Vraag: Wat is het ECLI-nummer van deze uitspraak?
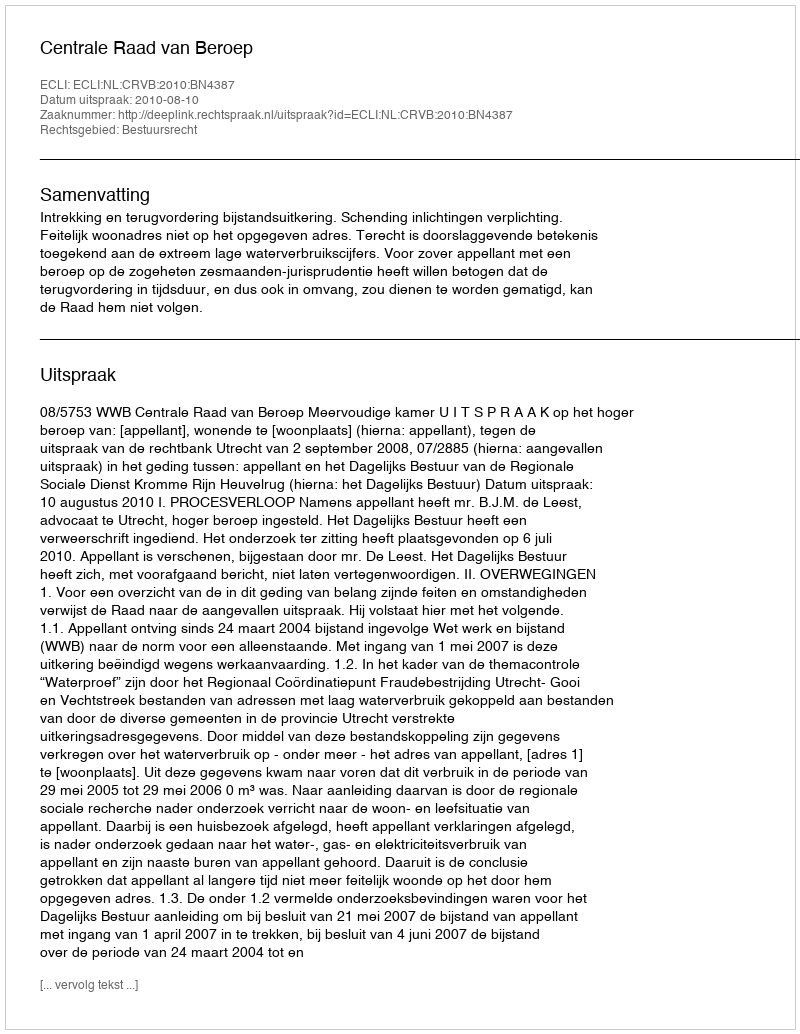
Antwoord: ECLI:NL:CRVB:2010:BN4387